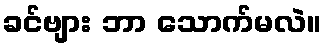
ခင်ဗျား ဘာ သောက်မလဲ။